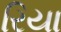
રિયા